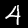
Digit: 4